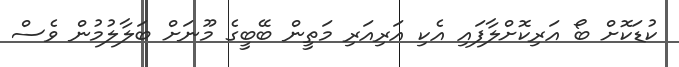
ކުޑަކޮށް ބޯ އަރިކޮށްލާފައި އެކި އަރިއަރި މަތީން ބޭބީގެ މޫނަށް ބަލާލުމުން ވެސް